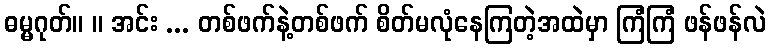
ဓမ္မဂုတ်။ ။ အင်း ... တစ်ဖက်နဲ့တစ်ဖက် စိတ်မလုံနေကြတဲ့အထဲမှာ ကြံကြံ ဖန်ဖန်လဲ